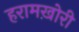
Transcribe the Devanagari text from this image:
हरामख़ोरी